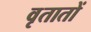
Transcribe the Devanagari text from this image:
वृतातों